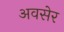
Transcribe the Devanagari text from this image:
अवसेर